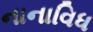
નાનાવિધ